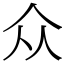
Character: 众